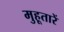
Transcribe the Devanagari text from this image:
मुहूतारें